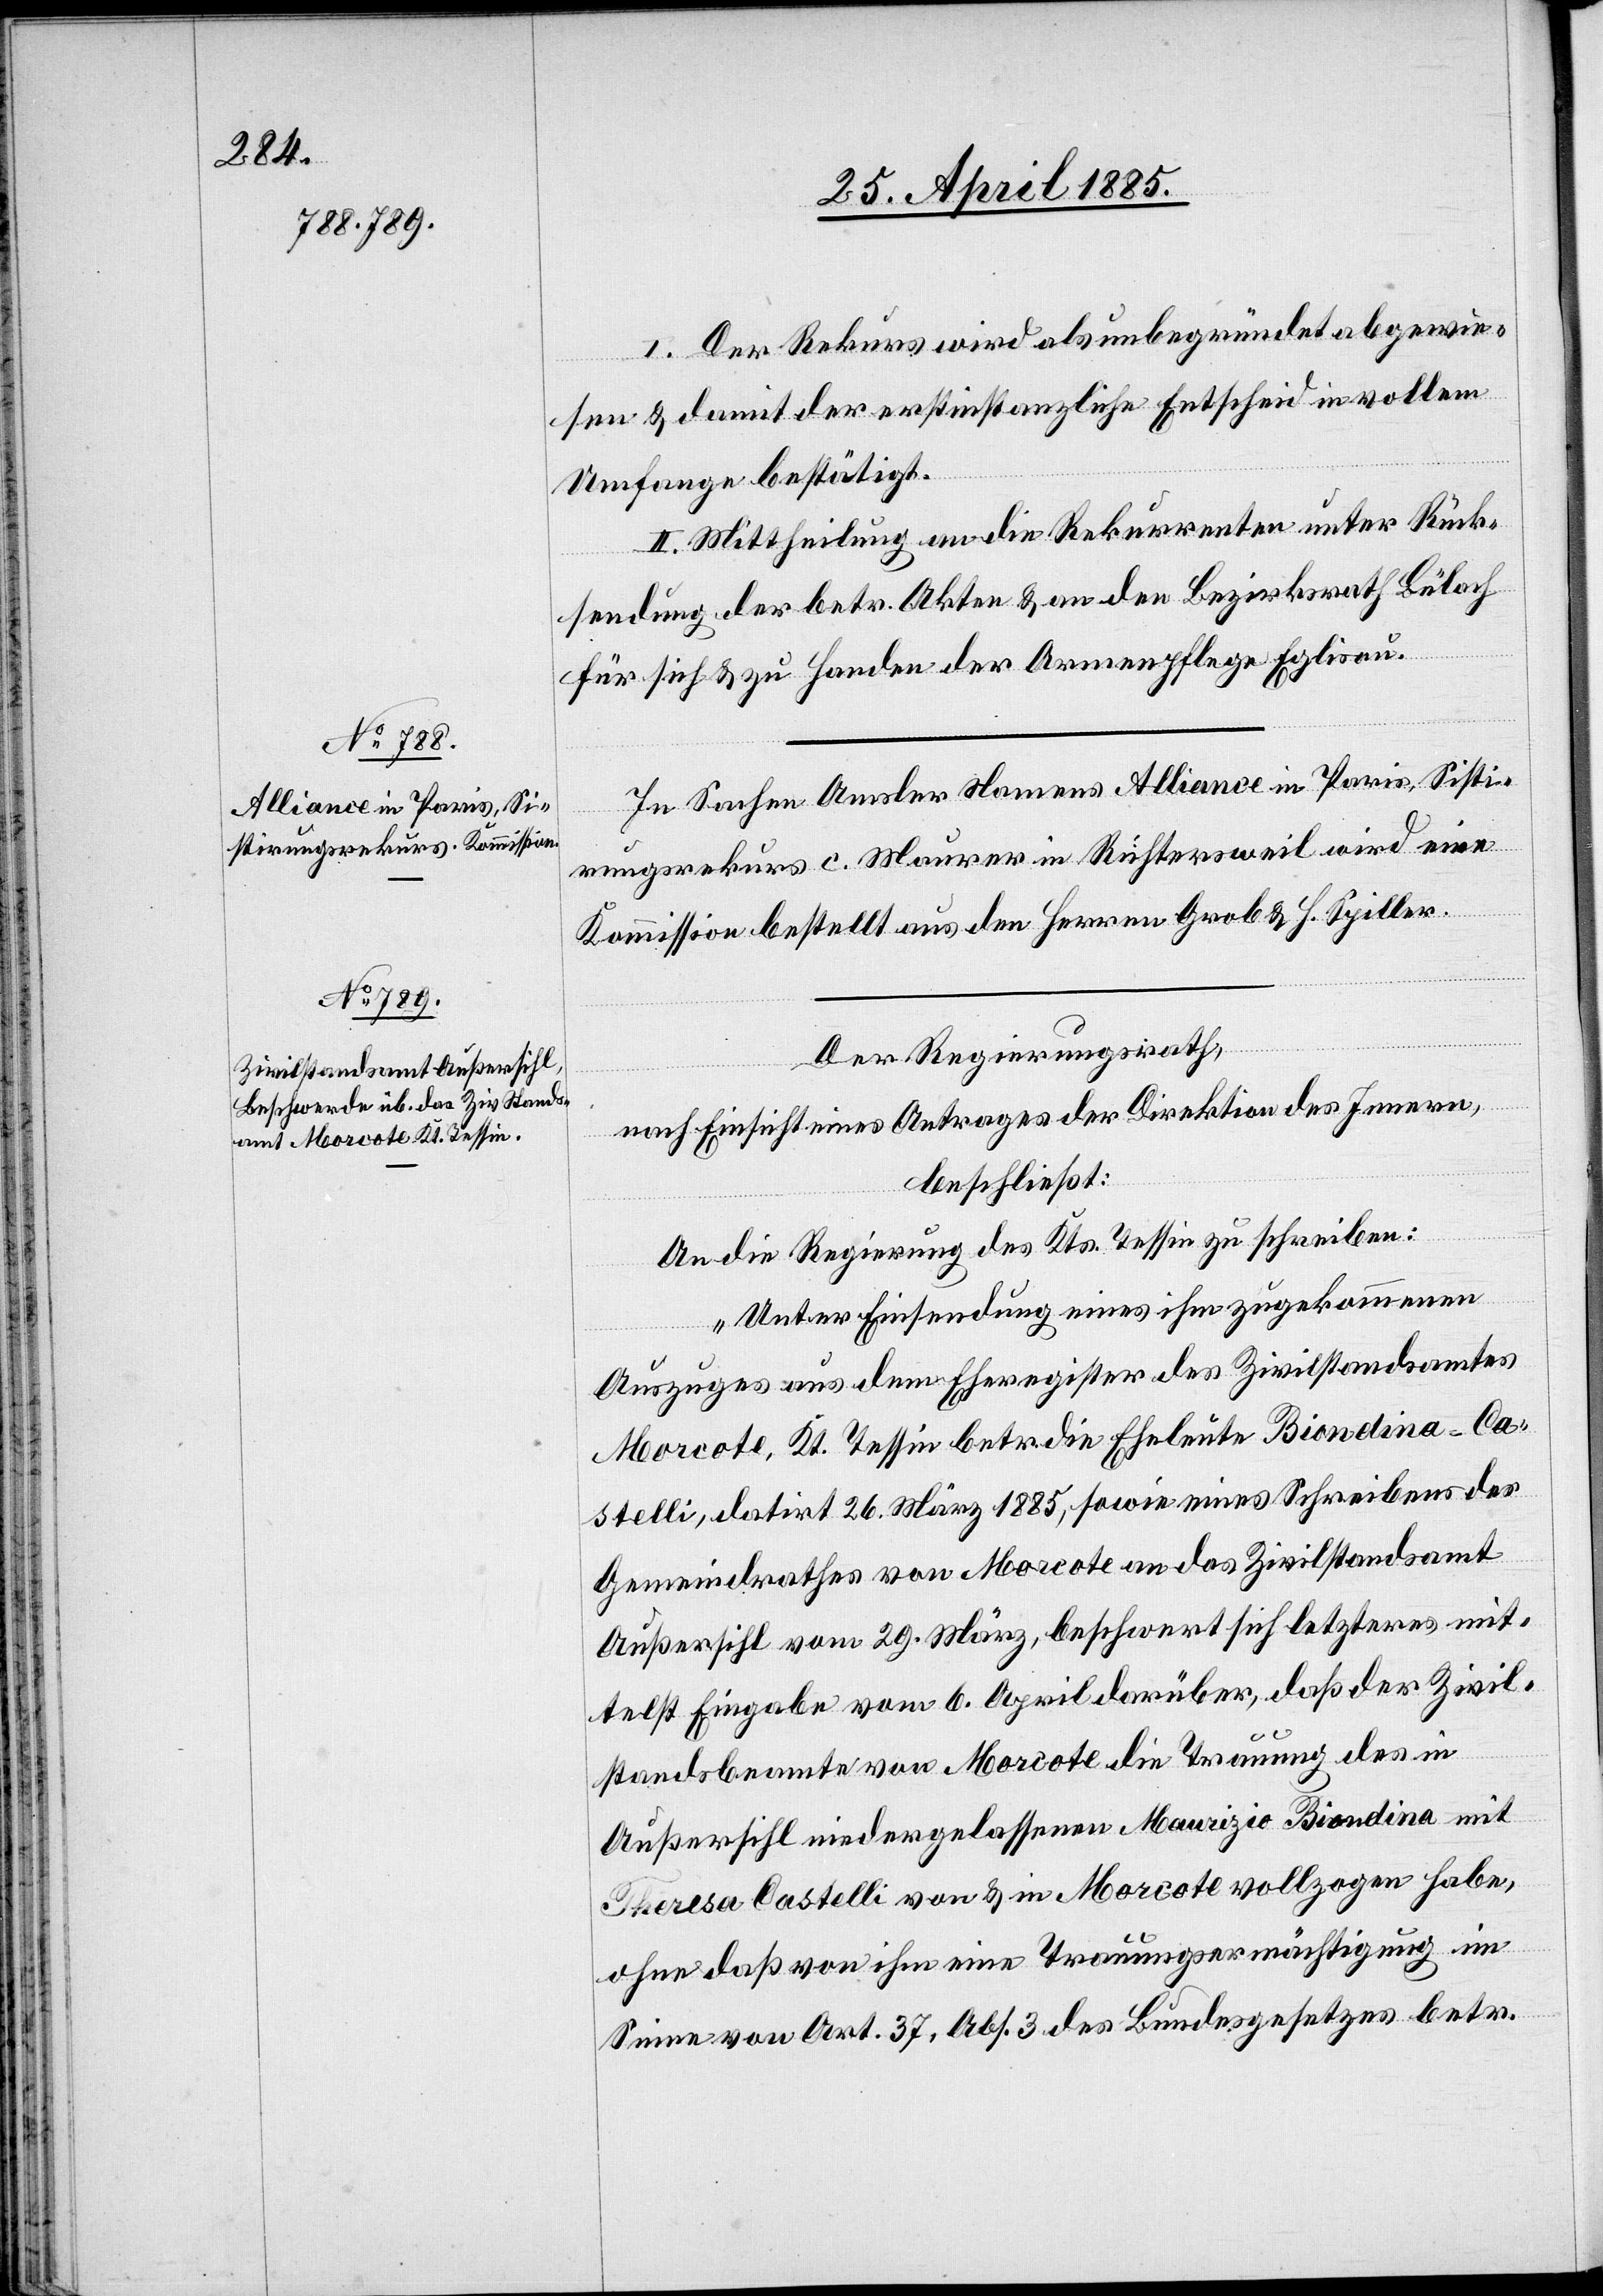
I. Der Rekurs wird als unbegründet abgewie¬
sen & damit der erstinstanzliche Entscheid in vollem
Umfange bestätigt.
II. Mittheilung an die Rekurrenten unter Rück¬
sendung der betr. Akten & an den Bezirksrath Bülach
für sich & zu Handen der Armenpflege Eglisau.
In Sachen Amsler Namens Alliance in Paris, Sisti¬
rungsrekurs c. Maurer in Richtersweil wird eine
Kommission bestellt aus den Herren Grob & H. Spiller.
Der Regierungsrath,
nach Einsicht eines Antrages der Direktion des Innern,
beschließt:
An die Regierung des Kts. Tessin zu schreiben:
„Unter Einsendung eines ihm zugekommenen
Auszuges aus dem Eheregister des Zivilstandsamtes
Morcote, Kt. Tessin betr. die Eheleute Biondina-Ca¬
stelli, datirt 26. März 1885, sowie eines Schreibens des
Gemeindrathes von Morcote an das Zivilstandsamt
Außersihl vom 29. März, beschwert sich letzteres mit¬
telst Eingabe vom 6. April darüber, daß der Zivil¬
standsbeamte von Morcote die Trauung des in
Außersihl niedergelassenen Maurizio Biondina mit
Theresa Castelli von & in Morcote vollzogen habe,
ohne daß von ihm eine Trauungsermächtigung im
Sinne von Art. 37, Abs. 3 des Bundesgesetzes betr.